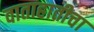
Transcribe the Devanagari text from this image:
वाताहातीचा